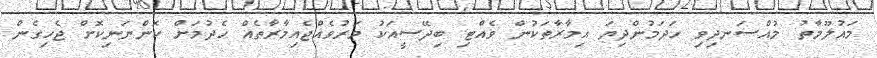
މައުލޫމާތު މުއްސަނދިވި ހަދަމުންދިޔަ އިމާރާތަކުން ވެއްޓި ބިދޭސީއަކު މަރުވެއްޖެއިމާރާތެއް ހެދުމަށް ކޮންނަނިކޮށް ޖެހިގެން